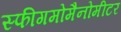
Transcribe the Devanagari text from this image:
स्फीगमोमैनोमीटर